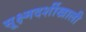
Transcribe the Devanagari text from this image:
सूक्ष्मदर्शीखाली